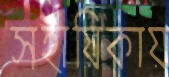
সহায়িকায়